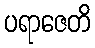
ပရာဇေတိ